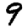
Digit: 9